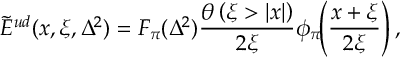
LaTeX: \widetilde E ^ { u d } ( x , \xi , \Delta ^ { 2 } ) = F _ { \pi } ( \Delta ^ { 2 } ) \frac { \theta \left( \xi > | x | \right) } { 2 \xi } \phi _ { \pi } \! \! \left( \frac { x + \xi } { 2 \xi } \right) ,